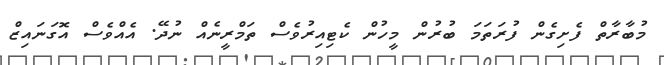
މުބާރާތް ފެށިގެން ފުރަތަމަ ބުރުން މީހުން ކެޓިއިރުވެސް ތަމްރީނެއް ނުދޭ. އެއްވެސް އޮގަނަައިޒް